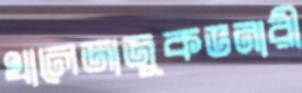
খালেজাজুকভনারী